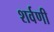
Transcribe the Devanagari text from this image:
शर्वणी